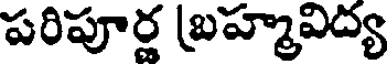
పరిపూర్ణ బ్రహ్మవిద్య